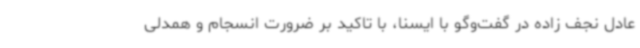
عادل نجف زاده در گفت‌وگو با ایسنا، با تاکید بر ضرورت انسجام و همدلی